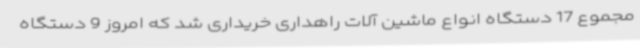
مجموع 17 دستگاه انواع ماشین آلات راهداری خریداری شد که امروز 9 دستگاه